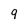
Character: 9